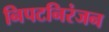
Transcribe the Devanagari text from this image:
निपटनिरंजन